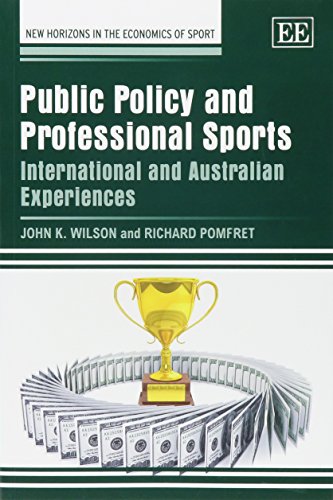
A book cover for Public Policy and Professional Sports: International and Australian Experiences (New Horizons in the Economics of Sport series); John K. Wilson; Law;